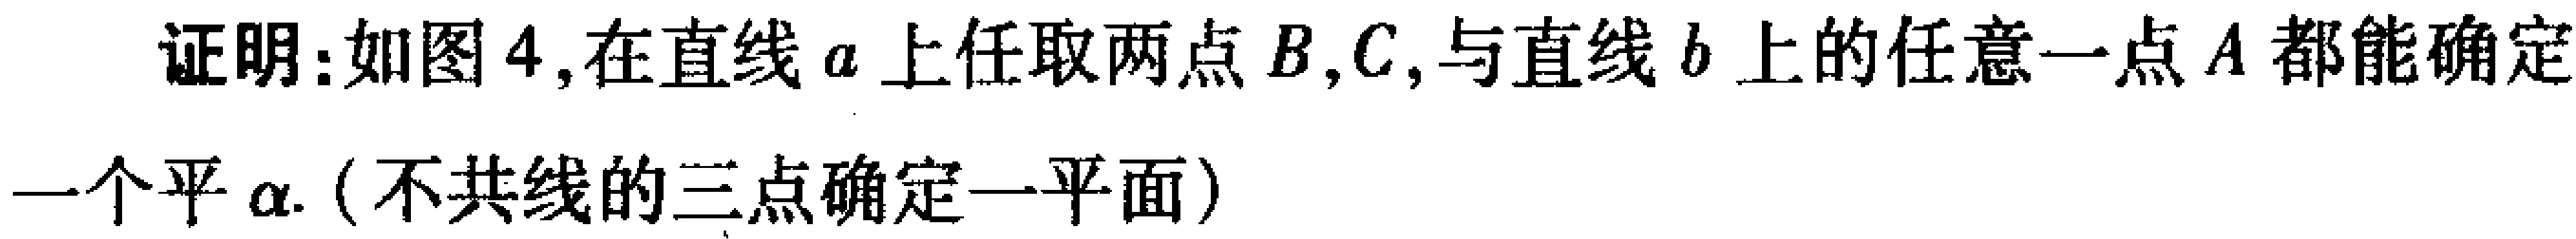
证明：如图4,在直线\(a\)上任取两点\(B,C\),与直线\(b\)上的任意一点\(A\)都能确定一个平\(\alpha\).（不共线的三点确定一平面）